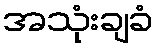
အသုံးချခံ